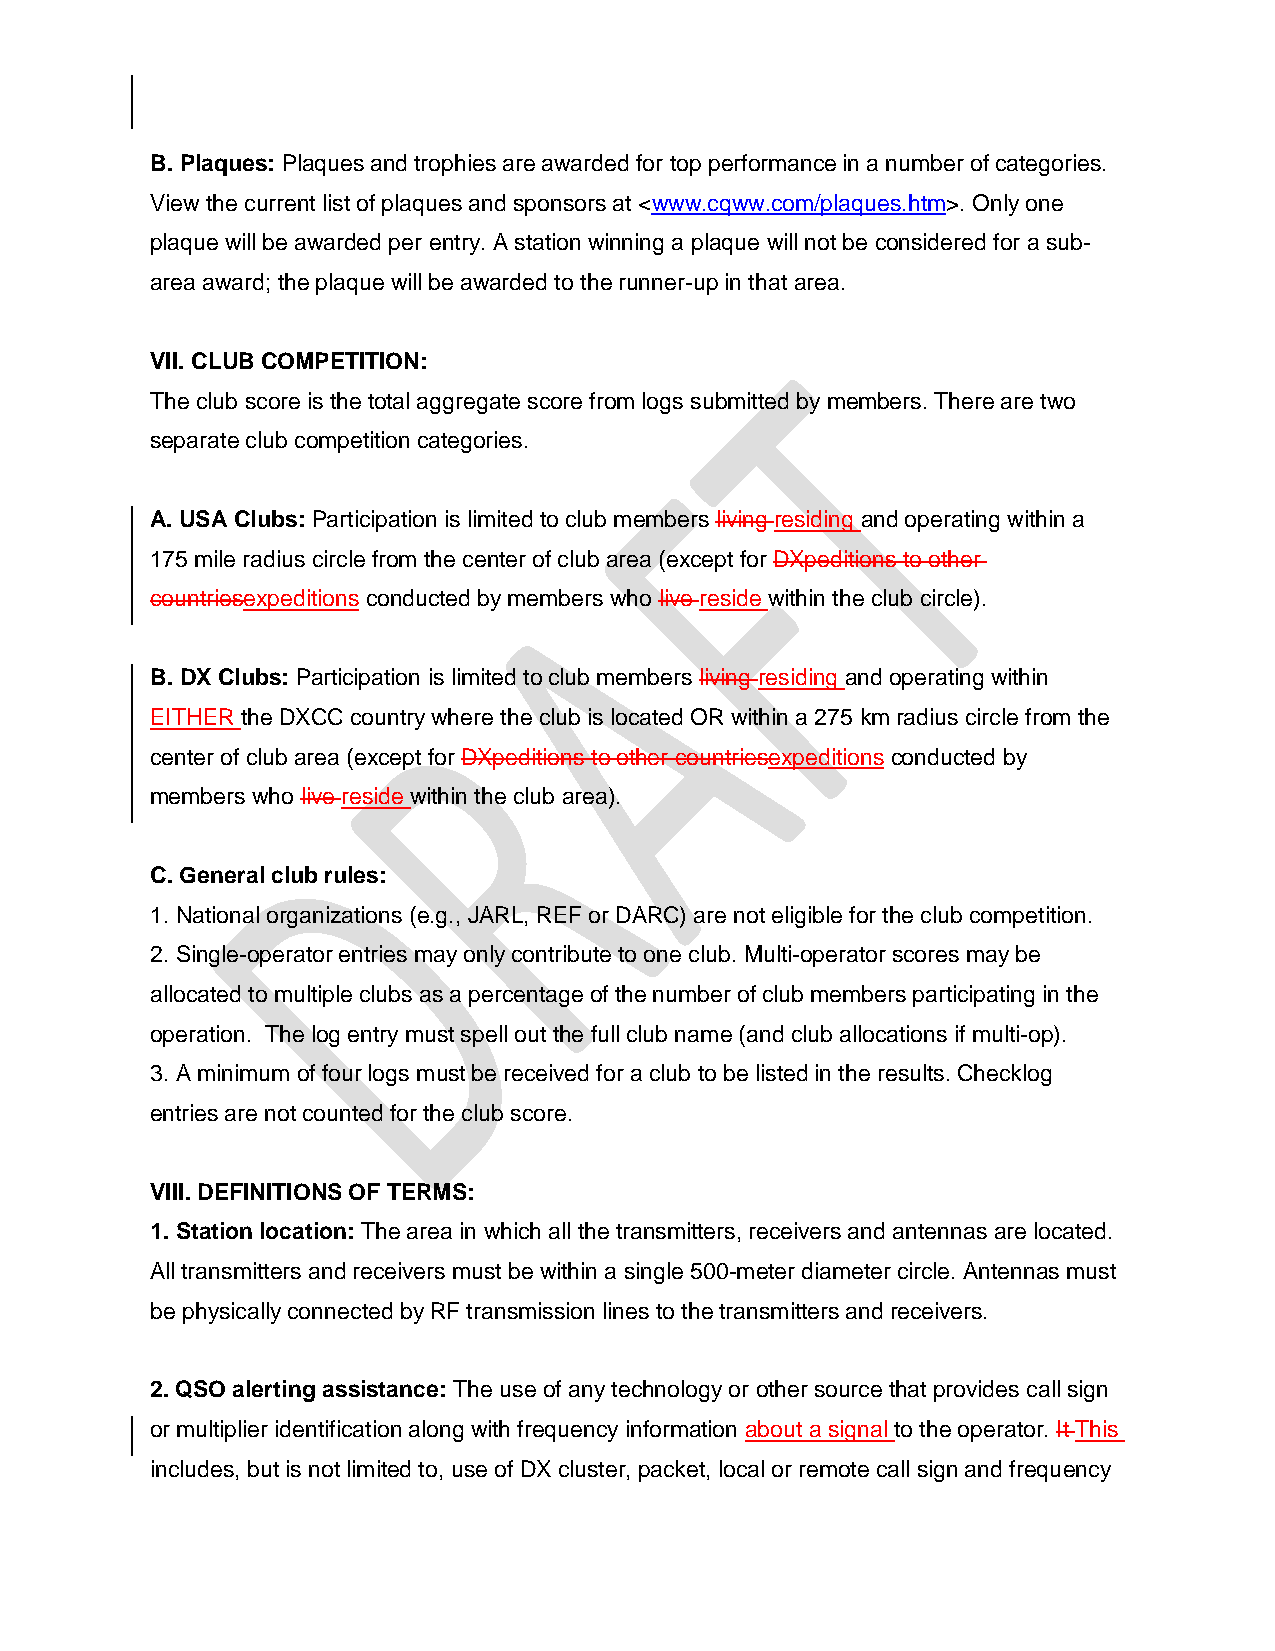
B. Plaques: Plaques and trophies are awarded for top performance in a number of categories.
 View the current list of plaques and sponsors at <www.cqww.com/plaques.htm>. Only one
 plaque will be awarded per entry. A station winning a plaque will not be considered for a sub-
 area award; the plaque will be awarded to the runner-up in that area.
 VII. CLUB COMPETITION:
 The club score is the total aggregate score from logs submitted by members. There are two
 separate club competition categories.
 A. USA Clubs: Participation is limited to club members living residing and operating within a
 175 mile radius circle from the center of club area (except for DXpeditions to other
 countriesexpeditions conducted by members who live reside within the club circle).
 B. DX Clubs: Participation is limited to club members living residing and operating within
 EITHER the DXCC country where the club is located OR within a 275 km radius circle from the
 center of club area (except for DXpeditions to other countriesexpeditions conducted by
 members who live reside within the club area).
 C. General club rules:
 1. National organizations (e.g., JARL, REF or DARC) are not eligible for the club competition.
 2. Single-operator entries may only contribute to one club. Multi-operator scores may be
 allocated to multiple clubs as a percentage of the number of club members participating in the
 operation. The log entry must spell out the full club name (and club allocations if multi-op).
 3. A minimum of four logs must be received for a club to be listed in the results. Checklog
 entries are not counted for the club score.
 VIII. DEFINITIONS OF TERMS:
 1. Station location: The area in which all the transmitters, receivers and antennas are located.
 All transmitters and receivers must be within a single 500-meter diameter circle. Antennas must
 be physically connected by RF transmission lines to the transmitters and receivers.
 2. QSO alerting assistance: The use of any technology or other source that provides call sign
 or multiplier identification along with frequency information about a signal to the operator. It This
 includes, but is not limited to, use of DX cluster, packet, local or remote call sign and frequency